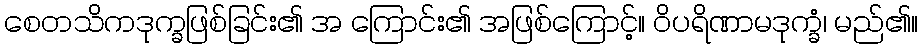
စေတသိကဒုက္ခဖြစ်ခြင်း၏ အ ကြောင်း၏ အဖြစ်ကြောင့်။ ဝိပရိဏာမဒုက္ခံ၊ မည်၏။